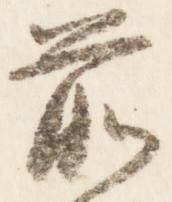
前